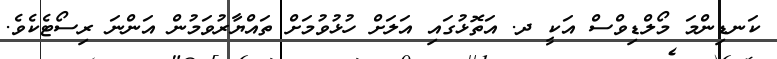
ކަނޑިންމަ މޯލްޑިވްސް އަކީ ދ. އަތޮޅުގައި އަލަށް ހުޅުވުމަށް ތައްޔާރުވަމުން އަންނަ ރިސޯޓެކެވެ.